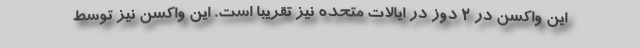
این واکسن در 2 دوز در ایالات متحده نیز تقریبا است. این واکسن نیز توسط